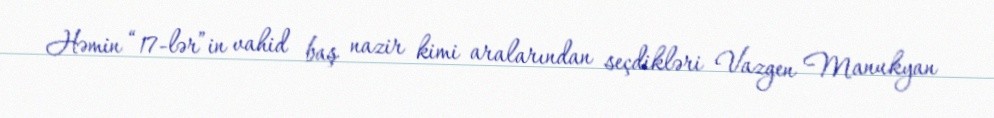
Həmin “17-lər”in vahid baş nazir kimi aralarından seçdikləri Vazgen Manukyan